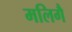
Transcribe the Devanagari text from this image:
मलिगै